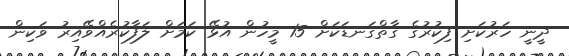
ދީނީ ހަރުކަށި ފިކުރުގެ ގާތްގަނޑަކަށް 15 މީހުން އުޅޭ ކަމަށް ލަފާކުރެއްވޭއިރު ވަކިން